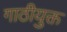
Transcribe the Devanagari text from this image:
गाठीयुक्त